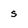
Character: s